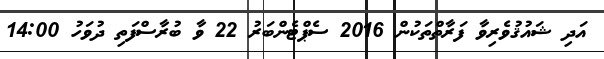
އަދި ޝައުޤުވެރިވާ ފަރާތްތަކުން 2016 ސެޕްޓެންބަރު 22 ވާ ބުރާސްފަތި ދުވަހު 14:00